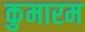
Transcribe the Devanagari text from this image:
कुमारम